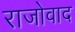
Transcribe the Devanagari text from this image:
राजोवाद